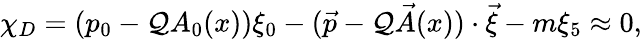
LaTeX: \chi_{D}=(p_{0}-\mathcal{Q}A_{0}(x))\xi_{0}-(\vec{{p}}-\mathcal{Q}\vec{{A}}(x))\cdot\vec{{\xi}}-m\xi_{5}\approx0,